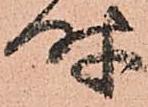
時